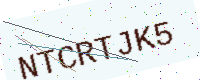
Text: NTCRTJK5